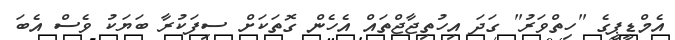
އެމްޑީޕީގެ "ހިތްވަރު" ގަދަ އިހުތިޖާޖްތައް އެހެން ގޮތަކަށް ސިފަކުރާ ބަޔަކު ވެސް އެބަ